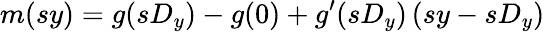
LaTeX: m(sy)=g(sD_{y})-g(0)+g^{\prime}(sD_{y})\left(sy-sD_{y}\right)